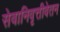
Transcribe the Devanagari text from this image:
सेवानिवृत्तीवेतन